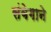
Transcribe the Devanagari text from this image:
संवेगाने